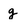
Character: g